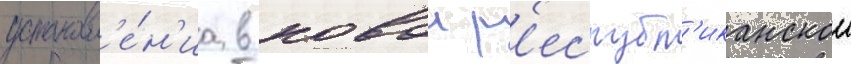
установл'е́н'иа в новои р'еспубл'иканскои